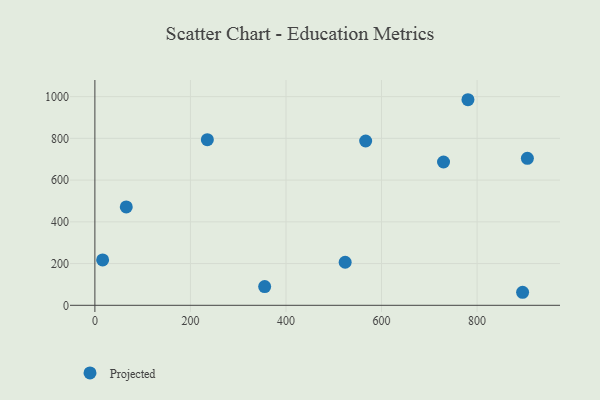
{"axis": {"x": "Ad Spend", "y": "Fuel Efficiency"}, "legend": ["Projected"], "data": [{"x": "895.3", "y": 62.4, "type": "Projected"}, {"x": "16.2", "y": 217.3, "type": "Projected"}, {"x": "729.8", "y": 686.7, "type": "Projected"}, {"x": "780.9", "y": 985.2, "type": "Projected"}, {"x": "235.4", "y": 793.5, "type": "Projected"}, {"x": "905.3", "y": 704.4, "type": "Projected"}, {"x": "523.9", "y": 206.4, "type": "Projected"}, {"x": "566.8", "y": 787.5, "type": "Projected"}, {"x": "355.4", "y": 89.5, "type": "Projected"}, {"x": "65.7", "y": 471.5, "type": "Projected"}]}